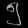
Digit: ၅